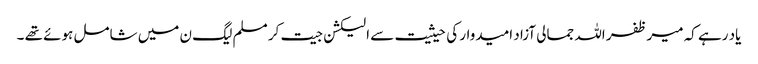
یاد رہے کہ میر ظفر اللہ جمالی آزاد امیدوار کی حیثیت سے الیکشن جیت کر مسلم لیگ ن میں شامل ہوئے تھے ۔